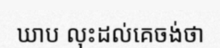
ឃាប លុះដល់គេចង់ថា